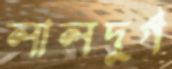
লালদুর্গ